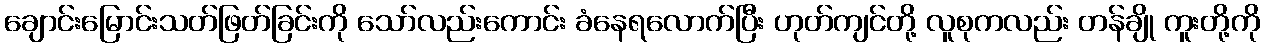
ချောင်းမြောင်းသတ်ဖြတ်ခြင်းကို သော်လည်းကောင်း ခံနေရလောက်ပြီး ဟုတ်ကျင်တို့ လူစုကလည်း တန်ချို ကူးတို့ကို